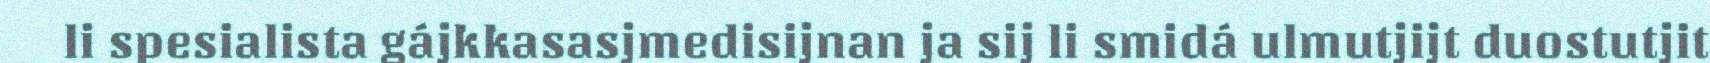
li spesialista gájkkasasjmedisijnan ja sij li smidá ulmutjijt duostutjit